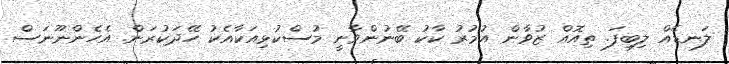
ލަނޑެއް ލިބިފަ. ތިއޮއް ޒުވާން އުމުރު ކާކު ބޭނުންވާނީ މުސްކުޅިއަކާއެކު ހޭދަކުރަން. އެހެންނޫނަސް